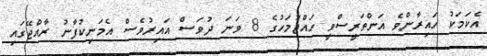
އެކަމަކު ހައިރާންވެ އަންތަރީސްވީ ހައްޖުމަހުގެ 8 ވަނަ ދުވަސް އައިރުވެސް އެމަނިކުފާނު ރާއްޖޭގައި